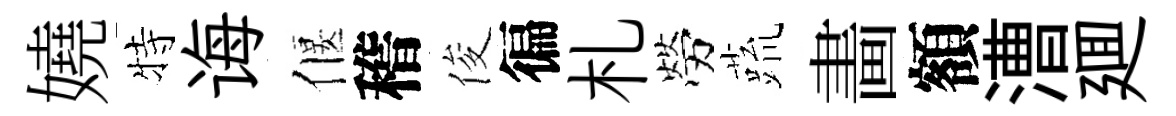
嬈特诲偃稽俊徧札勞蔬畵額漕廽